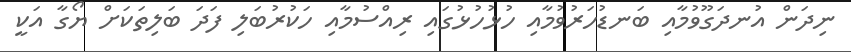
ނިދަން އުނދަގޫވުމާއި ބަނޑުހަރުވުމާއި ހުޅުހުޅުގައި ރިއްސުމާއި ހަކުރުބަލި ފަދަ ބަލިތަކަށް ޔޯގާ އަކީ